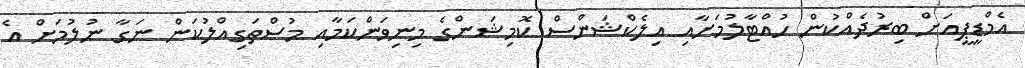
އެމްޑީޕީއަށް ބިރުދެއްކުން ހުއްޓާލުމަށާއި އިލެކްޝަންސް ކޮމިޝަންގެ މިނިވަންކަމާއި މުސްތަގިއްލުކަން ނަގާ ނުލުމަށް އެ